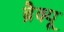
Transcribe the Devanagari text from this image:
ब्रैक्यू